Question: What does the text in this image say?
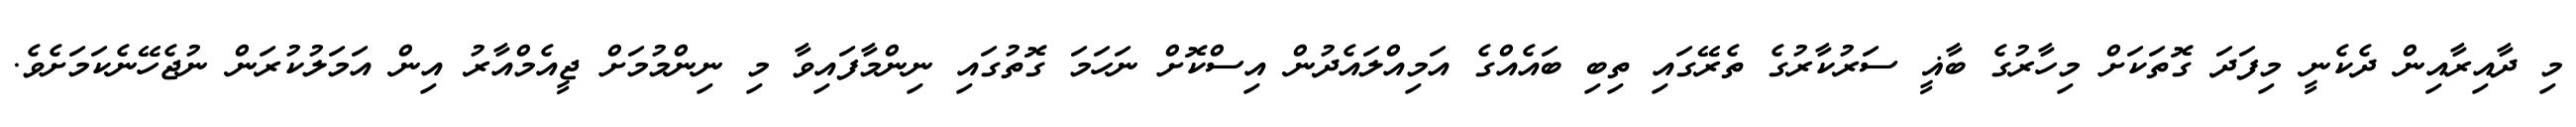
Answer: މި ދާއިރާއިން ދެކެނީ މިފަދަ ގޮތަކަށް މިހާރުގެ ބާޣީ ސަރުކާރުގެ ތެރޭގައި ތިބި ބައެއްގެ އަމިއްލައެދުން އިސްކޮށް ނަހަމަ ގޮތުގައި ނިންމާފައިވާ މި ނިންމުމަށް ޖީއެމްއާރު އިން އަމަލުކުރަން ނުޖެހޭނެކަމަށެވެ.